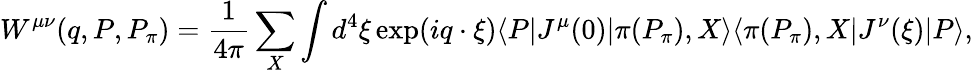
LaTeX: W^{\mu\nu}(q,P,P_{\pi})=\frac{1}{4\pi}\sum_{X}\int d^{4}\xi\exp(iq\cdot\xi)\langle P|J^{\mu}(0)|\pi(P_{\pi}),X\rangle\langle\pi(P_{\pi}),X|J^{\nu}(\xi)|P\rangle,